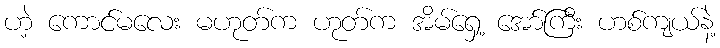
ဟဲ့ ကောင်မလေး မဟုတ်က ဟုတ်က အိမ်ရှေ့ အော်ကြီး ဟစ်ကျယ်နဲ့